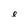
Character: e